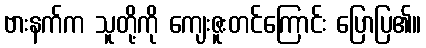
ဗားနက်က သူတို့ကို ကျေးဇူးတင်ကြောင်း ပြောပြ၏။